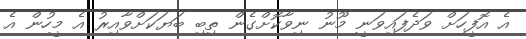
އެ އޮފީހަށް ވަދެފައިވަނީ މޫނު ނިވާކޮށްގެން ތިބި ބަޔަކަށްވާއިރު އެ މީހުން އެ